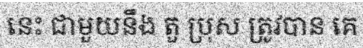
នេះ ជាមួយនឹង តួ ប្រុស ត្រូវបាន គេ